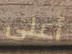
أعلى